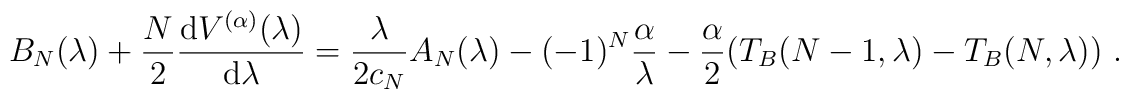
\!\!\!\!\!\!\!\! B_N(\lambda)+\frac{N}{2}\frac{{\rm d} V^{(\alpha)}(\lambda)}{{\rm d}\lambda}=\frac{\lambda}{2c_N}A_N(\lambda)-(-1)^N\frac{\alpha}{\lambda}-\frac{\alpha}{2}(T_B(N-1,\lambda)-T_B(N,\lambda)) \ .